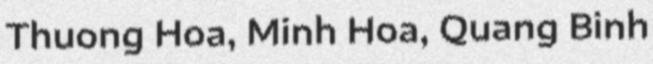
Thuong Hoa, Minh Hoa, Quang Binh